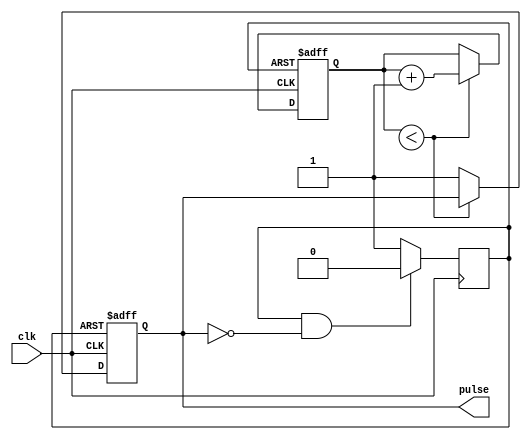
module falling_edge_pulse_generator (
    input wire clk,
    output reg pulse
);

reg delay_counter;
reg generate_pulse;

always @(posedge clk or negedge generate_pulse) begin
    if (!generate_pulse) begin
        delay_counter <= 0;
        pulse <= 0;
    end else begin
        if (delay_counter < DELAY_VALUE) begin
            delay_counter <= delay_counter + 1;
        end else begin
            pulse <= 1;
        end
    end
end

always @(posedge clk) begin
    if (generate_pulse && !pulse) begin
        generate_pulse <= 0;
    end else begin
        generate_pulse <= 1;
    end
end

endmodule